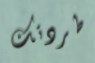
طردتك